Indian journal of veterinary science and animal husbandry - Volume 12,
Year: 1942
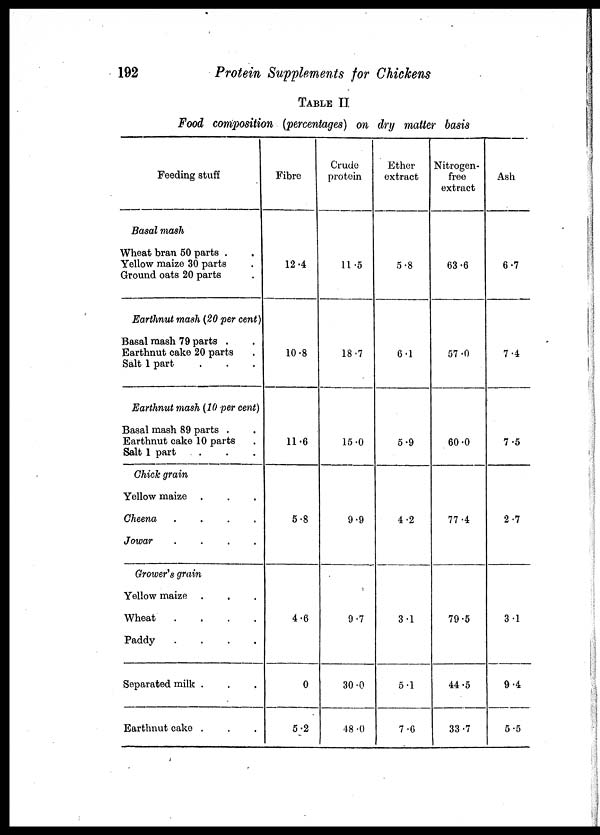
192
Protein Supplements for Chickens
TABLE II
Food composition (percentages) on dry matter basis
Feeding stuff
Basal mash
Wheat bran 50 parts .
Yellow maize 30 parts .
Ground oats 20 parts .
Earthnut mash (20 per cent)
Basal mash 79 parts . .
Earthnut cake 20 parts .
Salt 1 part . . .
Earthnut mash (10 per cent)
Basal mash 89 parts . .
Earthnut cake 10 parts . .
Salt 1 part . .
Chick grain
Yellow maize . .
Cheena .
.
.
.
Jowar
.
.
.
.
Grower's grain
Yellow maize . .
Wheat
.
.
.
.
Paddy
.
.
.
.
Separated milk . . . .
Earthnut cake . . . .
Fibre
12.4
10.8
11.6
5.8
4.6
0
5.2
Crude
protein
11.5
18.7
15.0
9.9
9.7
30.0
48 .0
Ether
extract
5.8
6.1
5.9
4.2
3.1
5.1
7.6
Nitrogen-
free
extract
63.6
57.0
60.0
77.4
79.5
44.5
33.7
Ash
6.7
7.4
7.5
2.7
3.1
9.4
5.5